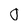
Character: 0